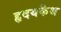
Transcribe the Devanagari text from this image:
हृदयकैथ